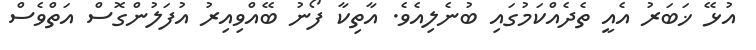
އުޅޭ ޚަބަރު އެއީ ތެދެއްކަމުގައި ބުނެލިއެވެ. އާތިކާ ފޯނު ބޭއްވިއިރު އުފަލުންގޮސް އަތްވެސް